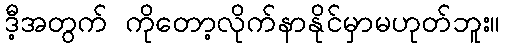
ဒီ့အတွက် ကိုတော့လိုက်နာနိုင်မှာမဟုတ်ဘူး။